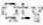
QTY